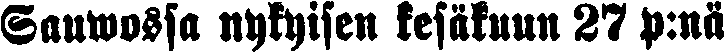
Sauwossa nykyisen kesäkuun 27 p:nä